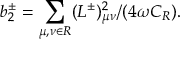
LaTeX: b _ { 2 } ^ { \pm } = \sum _ { \mu , \nu \in { \cal R } } ( L ^ { \pm } ) _ { \mu \nu } ^ { 2 } / ( 4 \omega C _ { \cal R } ) .